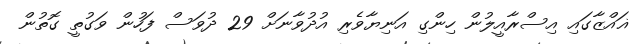
ޣައްޒާގައި އިސްރާއީލުން ހިންގި އަނިޔާވެރި އުދުވާނަށް 29 ދުވަސް ފަހުން ވަގުތީ ގޮތުން